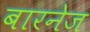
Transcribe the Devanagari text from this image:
बारनेज